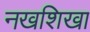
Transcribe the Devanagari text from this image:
नखशिखा